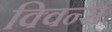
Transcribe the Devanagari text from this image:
क्विन्‍स